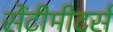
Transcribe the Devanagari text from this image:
सेंटीमीटर्स